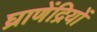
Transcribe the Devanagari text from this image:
घ्राणेंद्रियों